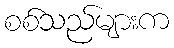
စစ်သည်များက